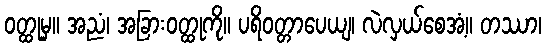
ဝတ္ထုမှ။ အညံ၊ အခြားဝတ္ထုကို။ ပရိဝတ္တာပေယျ၊ လဲလှယ်စေအံ့။ တဿာ၊